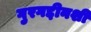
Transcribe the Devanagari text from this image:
गुरगद्दीनशीं